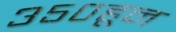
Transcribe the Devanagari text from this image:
३५०हून